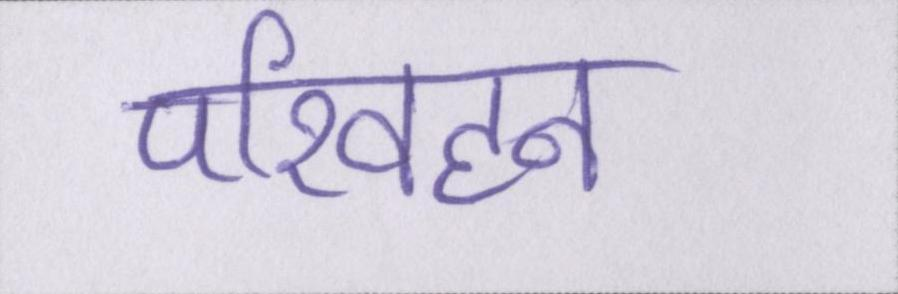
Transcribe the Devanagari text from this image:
परिवहन